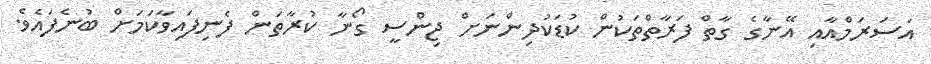
އަސަރަމްއާއި އޭނާގެ ގާތް ފަރާތްތަކުން ކުޑަކުދިންނަށް ޖިންސީ ގޯނާ ކުރާތަން ފެނިފައިވާކަމަށް ބުނެފައެވެ.